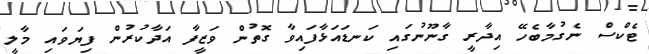
ޓެކްސް ނެގުމާބެހޭ އިދާރީ ގާނޫނުގައި ކަނޑައަޅާފައިވާ ގޮތުން ވަޒީފާ އަދާކުރުން ފިޔަވައި މާލީ